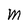
Character: M